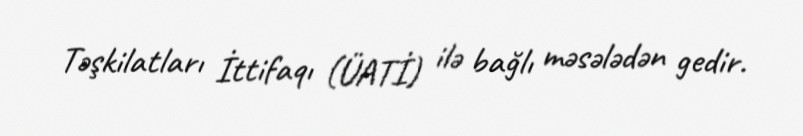
Təşkilatları İttifaqı (ÜATİ) ilə bağlı məsələdən gedir.